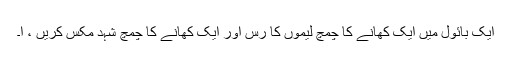
ایک بائول میں ایک کھانے کا چمچ لیموں کا رس اور ایک کھانے کا چمچ شہد مکس کریں ، ا۔